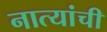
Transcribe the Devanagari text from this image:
नात्यांची